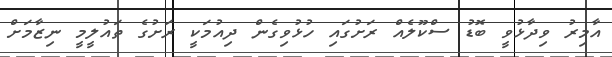
އާމިރު ވިދާޅުވީ ބޮޑު ސްކޫލެއް ރަށުގައި ހުޅުވިގެން ދިއުމަކީ ރަށުގެ ތައުލީމީ ނިޒާމަށް